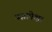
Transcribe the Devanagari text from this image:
यज्ञापेक्षा